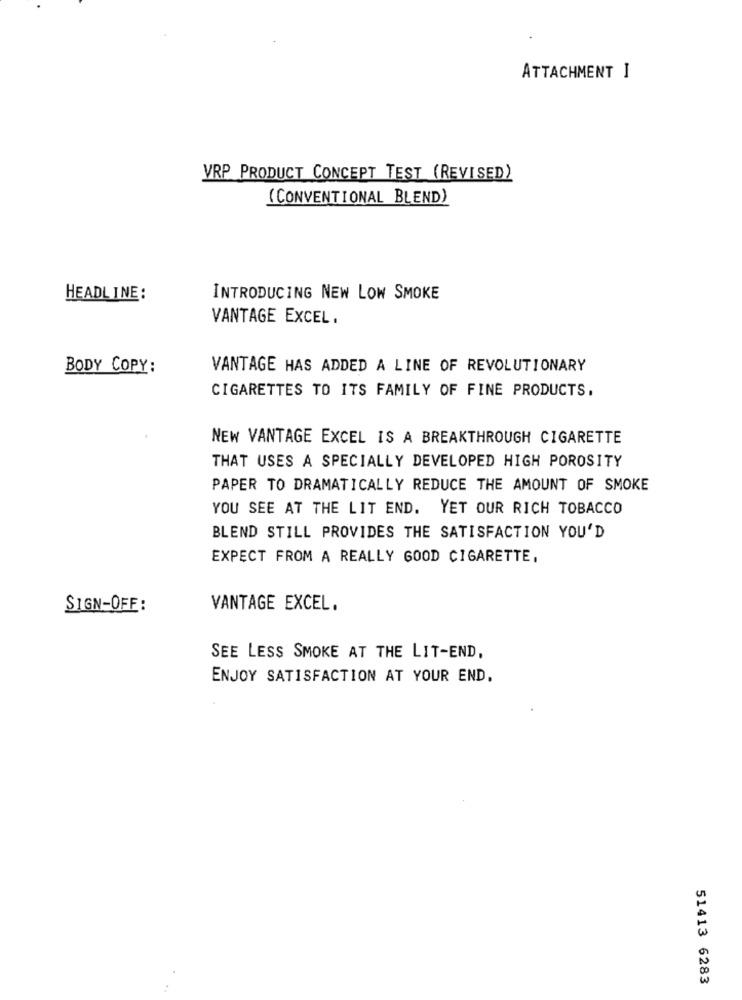
ATTACHMENT I
VRP PRODUCT CONCEPT TEST (REVISED)
( CONVENTIONAL BLEND)
HEADLINE:
INTRODUCING NEW LOW SMOKE
VANTAGE EXCEL.
BODY COPY:
VANTAGE HAS ADDED A LINE OF REVOLUTIONARY
CIGARETTES TO ITS FAMILY OF FINE PRODUCTS.
NEW VANTAGE EXCEL IS A BREAKTHROUGH CIGARETTE
THAT USES A SPECIALLY DEVELOPED HIGH POROSITY
PAPER TO DRAMATICALLY REDUCE THE AMOUNT OF SMOKE
YOU SEE AT THE LIT END. YET OUR RICH TOBACCO
BLEND STILL PROVIDES THE SATISFACTION YOU'D
EXPECT FROM A REALLY GOOD CIGARETTE.
SIGN-OFF :
VANTAGE EXCEL.
SEE LESS SMOKE AT THE LIT-END,
ENJOY SATISFACTION AT YOUR END.
51413 6283